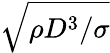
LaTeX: \sqrt{\rho D^{3}/\sigma}